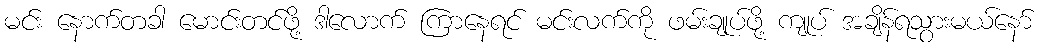
မင်း နောက်တခါ မောင်းတင်ဖို့ ဒါလောက် ကြာနေရင် မင်းလက်ကို ဖမ်းချုပ်ဖို့ ကျုပ် အချိန်ရသွားမယ်နော်